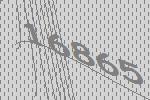
16865